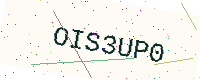
Text: OIS3UP0